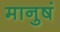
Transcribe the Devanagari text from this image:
मानुषं